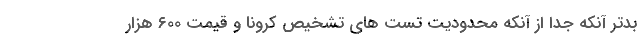
بدتر آنکه جدا از آنکه محدودیت تست های تشخیص کرونا و قیمت ۶۰۰ هزار